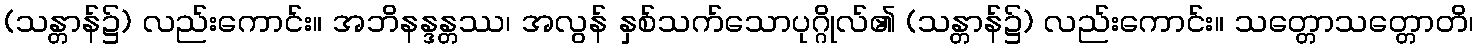
(သန္တာန်၌) လည်းကောင်း။ အဘိနန္ဒန္တဿ၊ အလွန် နှစ်သက်သောပုဂ္ဂိုလ်၏ (သန္တာန်၌) လည်းကောင်း။ သတ္တောသတ္တောတိ၊